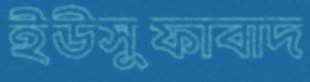
ইউসুফাবাদ